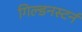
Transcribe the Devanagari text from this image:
गिल्डनस्टर्न